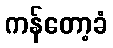
ကန်တော့ခံ